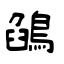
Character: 鵮